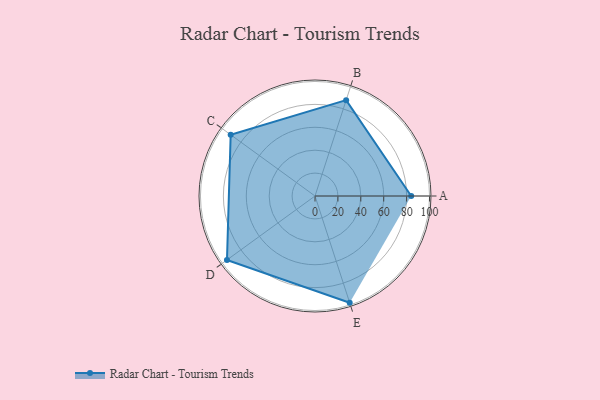
{"axis": {"x": "Skill", "y": "Score"}, "legend": ["Profile"], "data": [{"x": "A", "y": 84.0, "type": "Profile"}, {"x": "B", "y": 88.0, "type": "Profile"}, {"x": "C", "y": 91.0, "type": "Profile"}, {"x": "D", "y": 95.0, "type": "Profile"}, {"x": "E", "y": 98.0, "type": "Profile"}]}